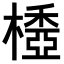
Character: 𣛽